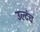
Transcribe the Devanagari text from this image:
उल्टंच